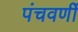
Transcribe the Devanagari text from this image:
पंचवर्णी